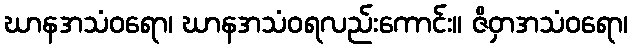
ဃာနအသံဝရော၊ ဃာနအသံဝရလည်းကောင်း။ ဇိဝှာအသံဝရော၊